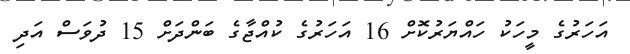
އަހަރުގެ މީހަކު ހައްޔަރުކޮށް 16 އަހަރުގެ ކުއްޖާގެ ބަންދަށް 15 ދުވަސް އަދި